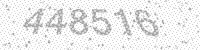
Solution: 448516